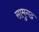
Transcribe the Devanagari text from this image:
सामुगढ